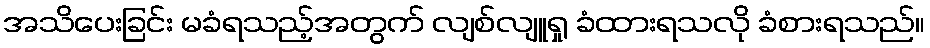
အသိပေးခြင်း မခံရသည့်အတွက် လျစ်လျူရှု ခံထားရသလို ခံစားရသည်။